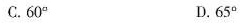
C.60° D.65°